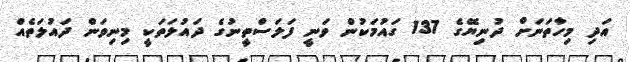
އަދި މިހާތަނަށް ދުނިޔޭގެ 137 ގައުމަކުން ވަނީ ފަލަސްތީނުގެ ދައުލަތަކީ މިނިވަން ދައުލަތެއް